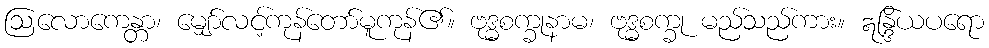
ဩလောကေန္တာ၊ မျှော်လင့်ကုန်တော်မူကုန်၏။ ဗုဒ္ဓစက္ခုနာမ၊ ဗုဒ္ဓစက္ခု မည်သည်ကား။ ဣန္ဒြိယပရော